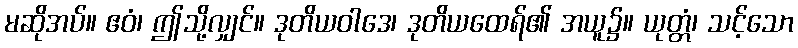
မဆိုအပ်။ ဧဝံ၊ ဤသို့လျှင်။ ဒုတိယဝါဒေ၊ ဒုတိယထေရ်၏ အယူ၌။ ယုတ္တံ၊ သင့်သော